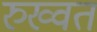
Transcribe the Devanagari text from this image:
रुख्वत